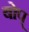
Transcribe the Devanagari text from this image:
बोप्